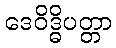
ဒေဝိဒ္ဓိပတ္တာ